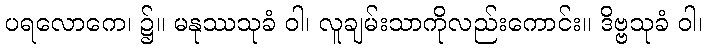
ပရလောကေ၊ ၌။ မနုဿသုခံ ဝါ၊ လူချမ်းသာကိုလည်းကောင်း။ ဒိဗ္ဗသုခံ ဝါ၊